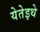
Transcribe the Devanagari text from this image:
येतेइथे